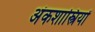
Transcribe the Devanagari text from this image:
अंकशास्त्रियों